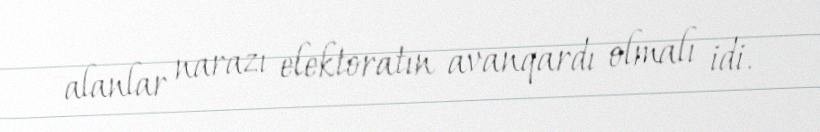
alanlar narazı elektoratın avanqardı olmalı idi.